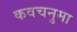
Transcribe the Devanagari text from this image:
कवचनुमा